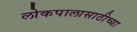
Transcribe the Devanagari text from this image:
लोकपालासाठीच्या